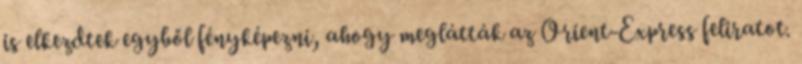
is elkezdtek egyből fényképezni, ahogy meglátták az Orient-Express feliratot.